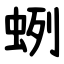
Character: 蛚